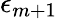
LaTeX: \epsilon_{m+1}